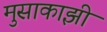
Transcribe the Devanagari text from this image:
मुसाकाझी